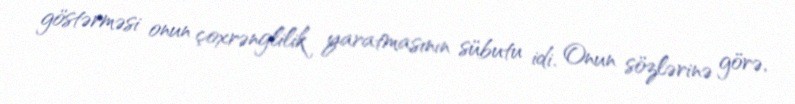
göstərməsi onun çoxrənglilik yaratmasının sübutu idi. Onun sözlərinə görə,